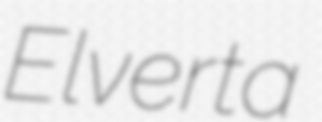
Elverta